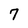
Character: 7